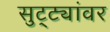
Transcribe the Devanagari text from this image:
सुट्ट्यांवर